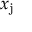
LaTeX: x _ { \mathrm { j } }